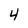
Character: 4